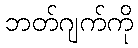
ဘတ်ဂျက်ကို